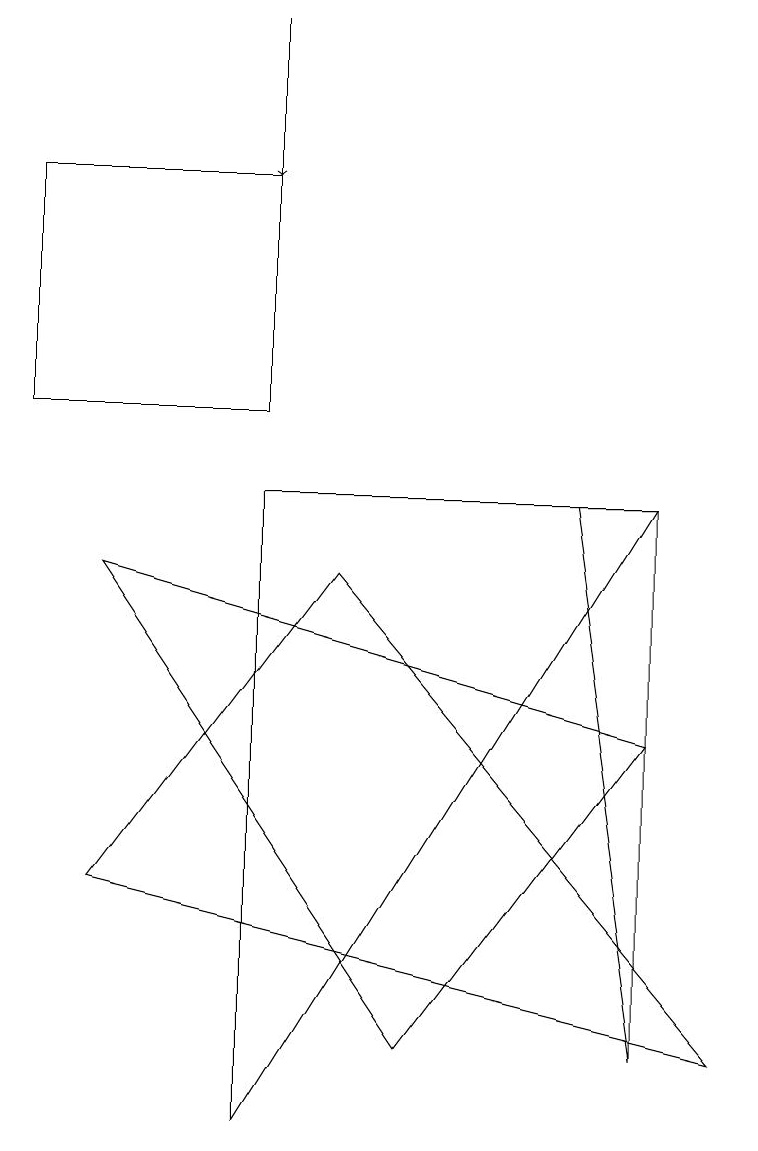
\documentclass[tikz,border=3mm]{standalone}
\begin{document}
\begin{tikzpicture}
\draw (3,10) rectangle (0,13);
\draw (1,4) -- (9,2) -- (4,8) -- cycle;
\draw (1,8) -- (8,6) -- (5,2) -- cycle;
\draw[->] (3,15) -- (3,13);
\draw (7,9) -- (8,2) -- (8,9) -- cycle;
\draw (8,9) -- (3,9) -- (3,1) -- cycle;
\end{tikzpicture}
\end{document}